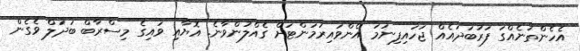
އެހެންތަނެއްގަ ފަރުބަދައެއް ޖަހައިފިނަމަ އެންވައިރުމަންޓަށް ގެއްލުންވާނެ. އޮޔާއި ވައިގެ މިސްރާބް ބަދަލް ވެގެން